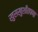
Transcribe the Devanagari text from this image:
खुसखुशीतपणा